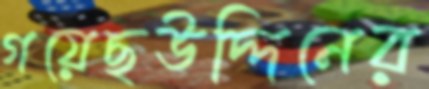
গয়েছউদ্দিনের